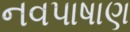
નવપાષાણ